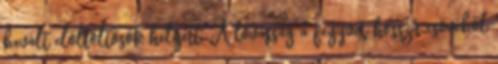
bevált elöltöltősök helyett. A lovasság a fegyver hosszú csövéből